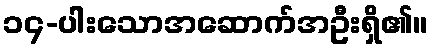
၁၄-ပါးသောအဆောက်အဦးရှိ၏။